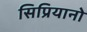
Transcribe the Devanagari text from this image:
सिप्रियानो